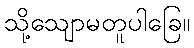
သို့သျောမတူပါခြေ။